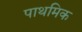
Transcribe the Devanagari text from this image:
पाथमिक